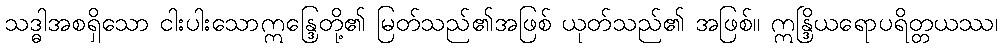
သဒ္ဓါအစရှိသော ငါးပါးသောဣန္ဒြေတို့၏ မြတ်သည်၏အဖြစ် ယုတ်သည်၏ အဖြစ်။ ဣန္ဒြိယရောပရိတ္တယဿ၊